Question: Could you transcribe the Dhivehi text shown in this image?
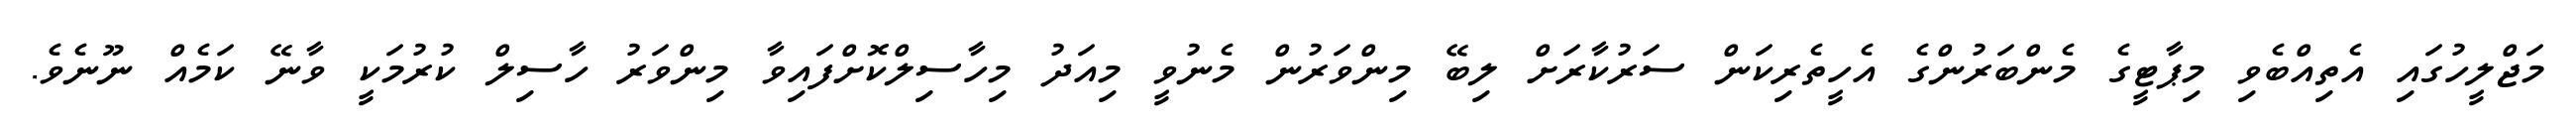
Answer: މަޖްލީހުގައި އެތިއްބެވި މިޕާޓީގެ މެންބަރުންގެ އެހީތެރިކަން ސަރުކާރަށް ލިބޭ މިންވަރުން މެނުވީ މިއަދު މިހާސިލްކޮށްފައިވާ މިންވަރު ހާސިލް ކުރުމަކީ ވާނޭ ކަމެއް ނޫނެވެ.